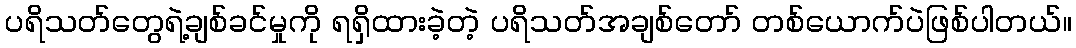
ပရိသတ်တွေရဲ့ချစ်ခင်မှုကို ရရှိထားခဲ့တဲ့ ပရိသတ်အချစ်တော် တစ်ယောက်ပဲဖြစ်ပါတယ်။